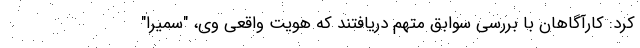
کرد: کارآگاهان با بررسی سوابق متهم دریافتند که هویت واقعی وی، "سمیرا"